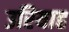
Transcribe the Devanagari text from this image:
उरियाह